Vaccination in Burma 1920-1933 - 1920-1933
Year: 1920
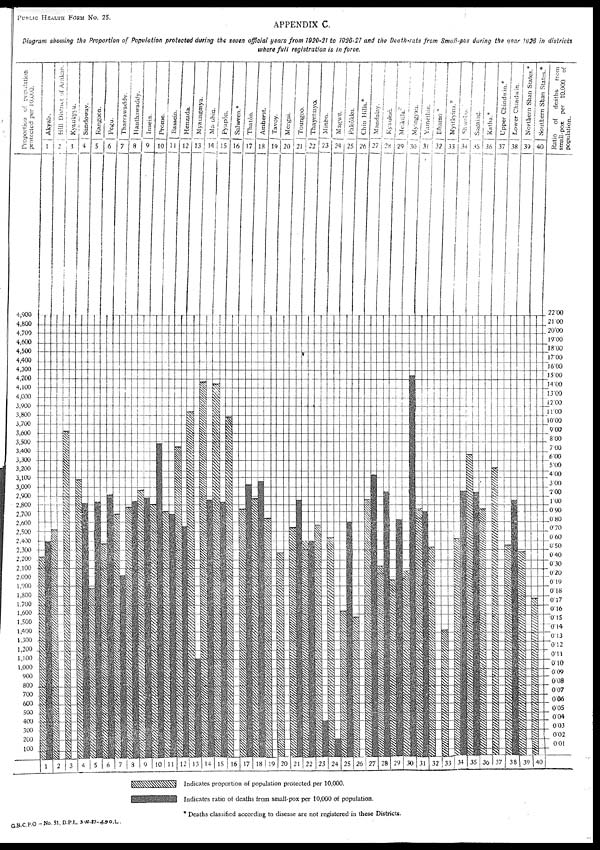
PUBLIC HEALTH FORM NO. 25.
APPENDIX C.
Diagram showing the Proportion of Population protected during the seven official years from 1920-21 to 1926-27 and the Death-rate from Small-pox during the (fear 1926 in districts
where full registration is in force.
* Deaths classified according to disease are not registered in these Districts.
G.B.C.P.O —No. 51, D.P.I. 3-10-27-490-L.